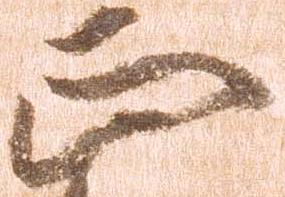
正